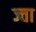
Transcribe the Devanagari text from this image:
ज्ता